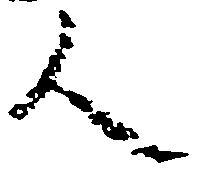
人